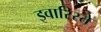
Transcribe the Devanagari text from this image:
इवारिस्ते